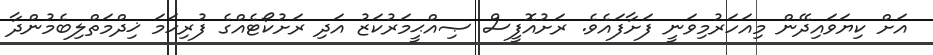
އަށް ކިޔަވައިދޭން މިއަހަރުމިވަނީ ފަށާފައެވެ. ރަށުއޮފީސް ޞިއްޙީމަރުކަޒު އަދި ރަށުކޯޓެއްގެ ފުރިހަމަ ޚިދްމަތްލިބެމުންދާ